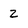
Character: 2